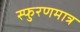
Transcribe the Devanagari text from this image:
स्फुरणमात्र